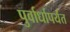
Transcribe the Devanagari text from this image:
पुर्वार्धापर्यंत